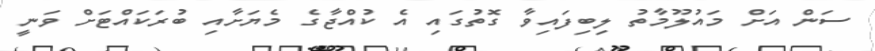
ސަން އަށް މައުލޫމާތު ލިބިފައިވާ ގޮތުގައި އެ ކުއްޖާގެ މެޔަށާއި ބުރަކައްޓަށް ވަނީ